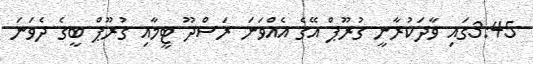
3:45ގައި ވާދަކުރާނީ ގުރޫޕް އޭގެ އެއްވަނަ ރަސްދޫ ޓީމާއި ގުރޫޕް ބީގެ ދެވަނަ